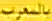
بالحروف